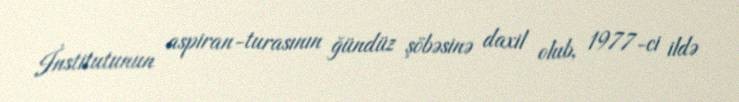
İnstitutunun aspiran-turasının ğündüz şöbəsinə daxil olub, 1977-ci ildə